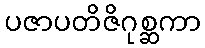
ပဇာပတိဇိဂုစ္ဆကာ